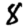
Digit: 8